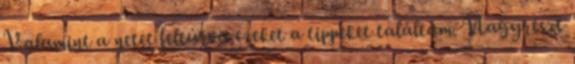
Valamint a netet feltúrva ezeket a tippeket találtam. Nagyrészt